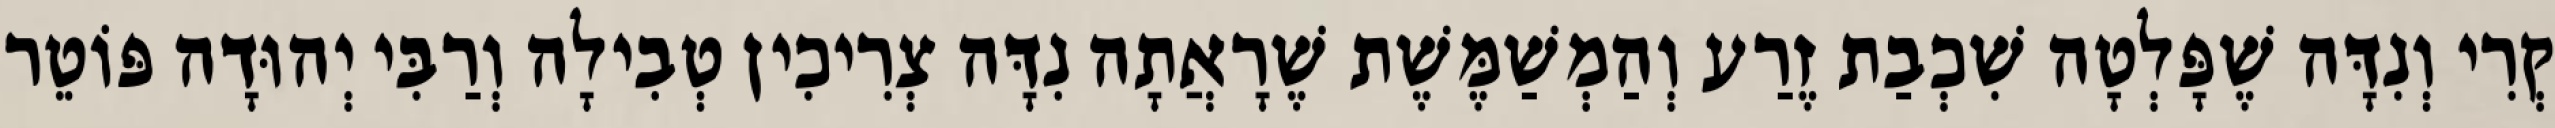
קְרִי וְנִדָּה שֶׁפָּלְטָה שִׁכְבַת זֶרַע וְהַמְשַׁמֶּשֶׁת שֶׁרָאֲתָה נִדָּה צְרִיכִין טְבִילָה וְרַבִּי יְהוּדָה פּוֹטֵר